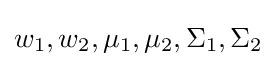
\textstyle w_{1},w_{2},\mu _{1},\mu _{2},\Sigma _{1},\Sigma _{2}